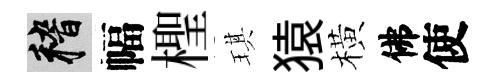
稽幅檉琪猿橫佛使